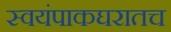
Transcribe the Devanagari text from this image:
स्वयंपाकघरातच